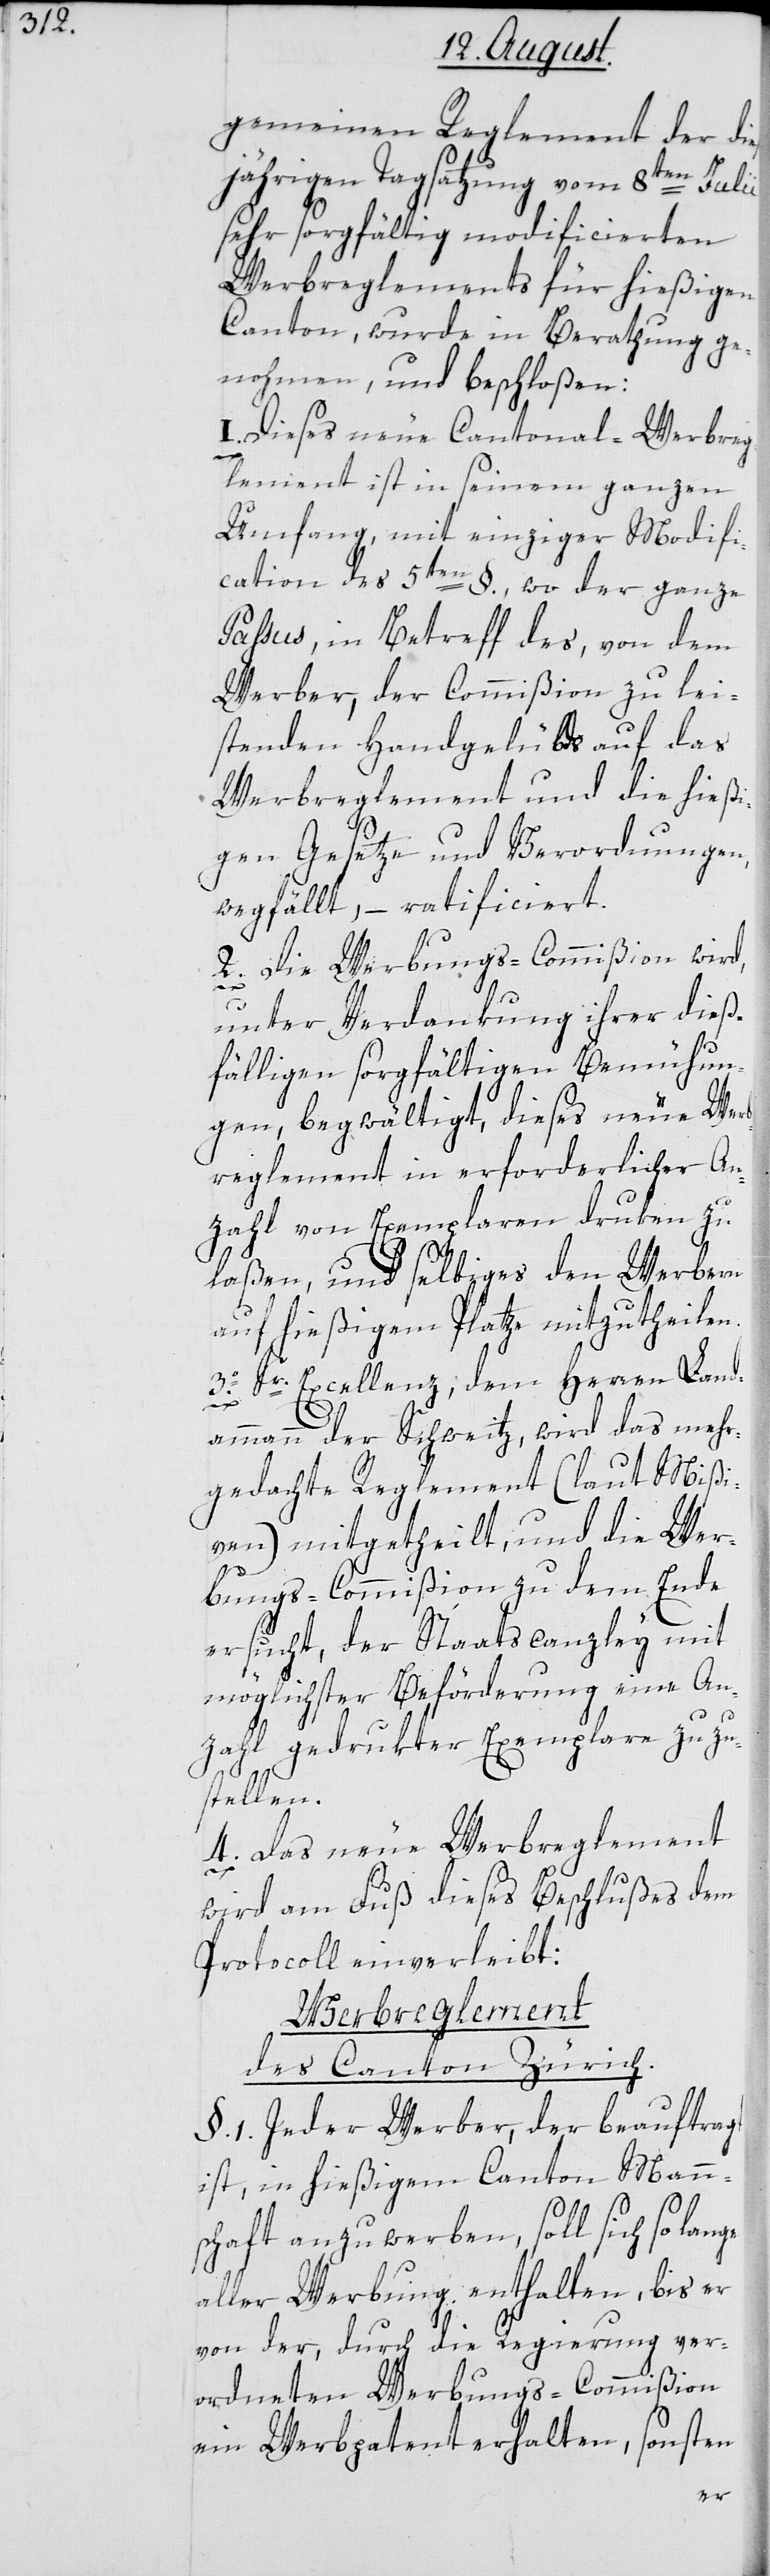
gemeinen Reglement der die¬
ßjährigen Tagsatzung vom 8ten Julii
sehr sorgfältig modificierten
Werbreglements für hießigen
Canton, wurde in Berathung ge¬
nohmen, und beschloßen:
1. Dieses neue Cantonal-Werbreg¬
lement ist in seinem ganzen
Umfang, mit einziger Modifi¬
cation des 5ten §., wo der ganze
Passus in Betreff des, von dem
Werber, der Commißion zu lei¬
stenden Handgelübds auf das
Werbreglement und die hieß¬
igen Gesetze und Verordnungen,
wegfällt, – ratificiert.
2. Die Werbungs-Commißion wird,
unter Verdankung ihrer dieß¬
fälligen sorgfältigen Bemühun¬
gen, begwältigt, dieses neue Wer¬
breglement in erforderlicher An¬
zahl von Exemplaren druken zu
laßen, und selbiges den Werbern
auf hießigem Platze mitzutheilen.
3o. Sr. Excellenz, dem Herren Land¬
nge
ammann der Schweitz wird das mehr¬
gedachte Reglement (laut Mißi¬
ven) mitgetheilt, und die Wer¬
bungs-Commißion zu dem Ende
ersucht, der Staatscanzley mit
möglichster Beförderung eine An¬
zahl gedrukter Exemplare zuzu¬
stellen.
4. Das neue Werbreglement
wird am Fuß dieses Beschlußes dem
Protocoll einverleibt:
Werbreglement
des Canton Zürich.
§. 1. Jeder Werber, der beauftragt
ist, in hießigem Canton Mann¬
schaft anzuwerben, soll sich so la¬
aller Werbung enthalten, bis er
von der, durch die Regierung ver¬
ordneten Werbungs-Commißion
ein Werbpatent erhalten, sonsten